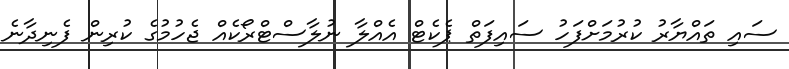
ސައި ތައްޔާރު ކުރުމަށްފަހު ސައިފަތް ޕެކެޓް އެއްލާ ނުލާސްޓްރޯކެއް ޖެހުމުގެ ކުރިން ފެނިދާނެ